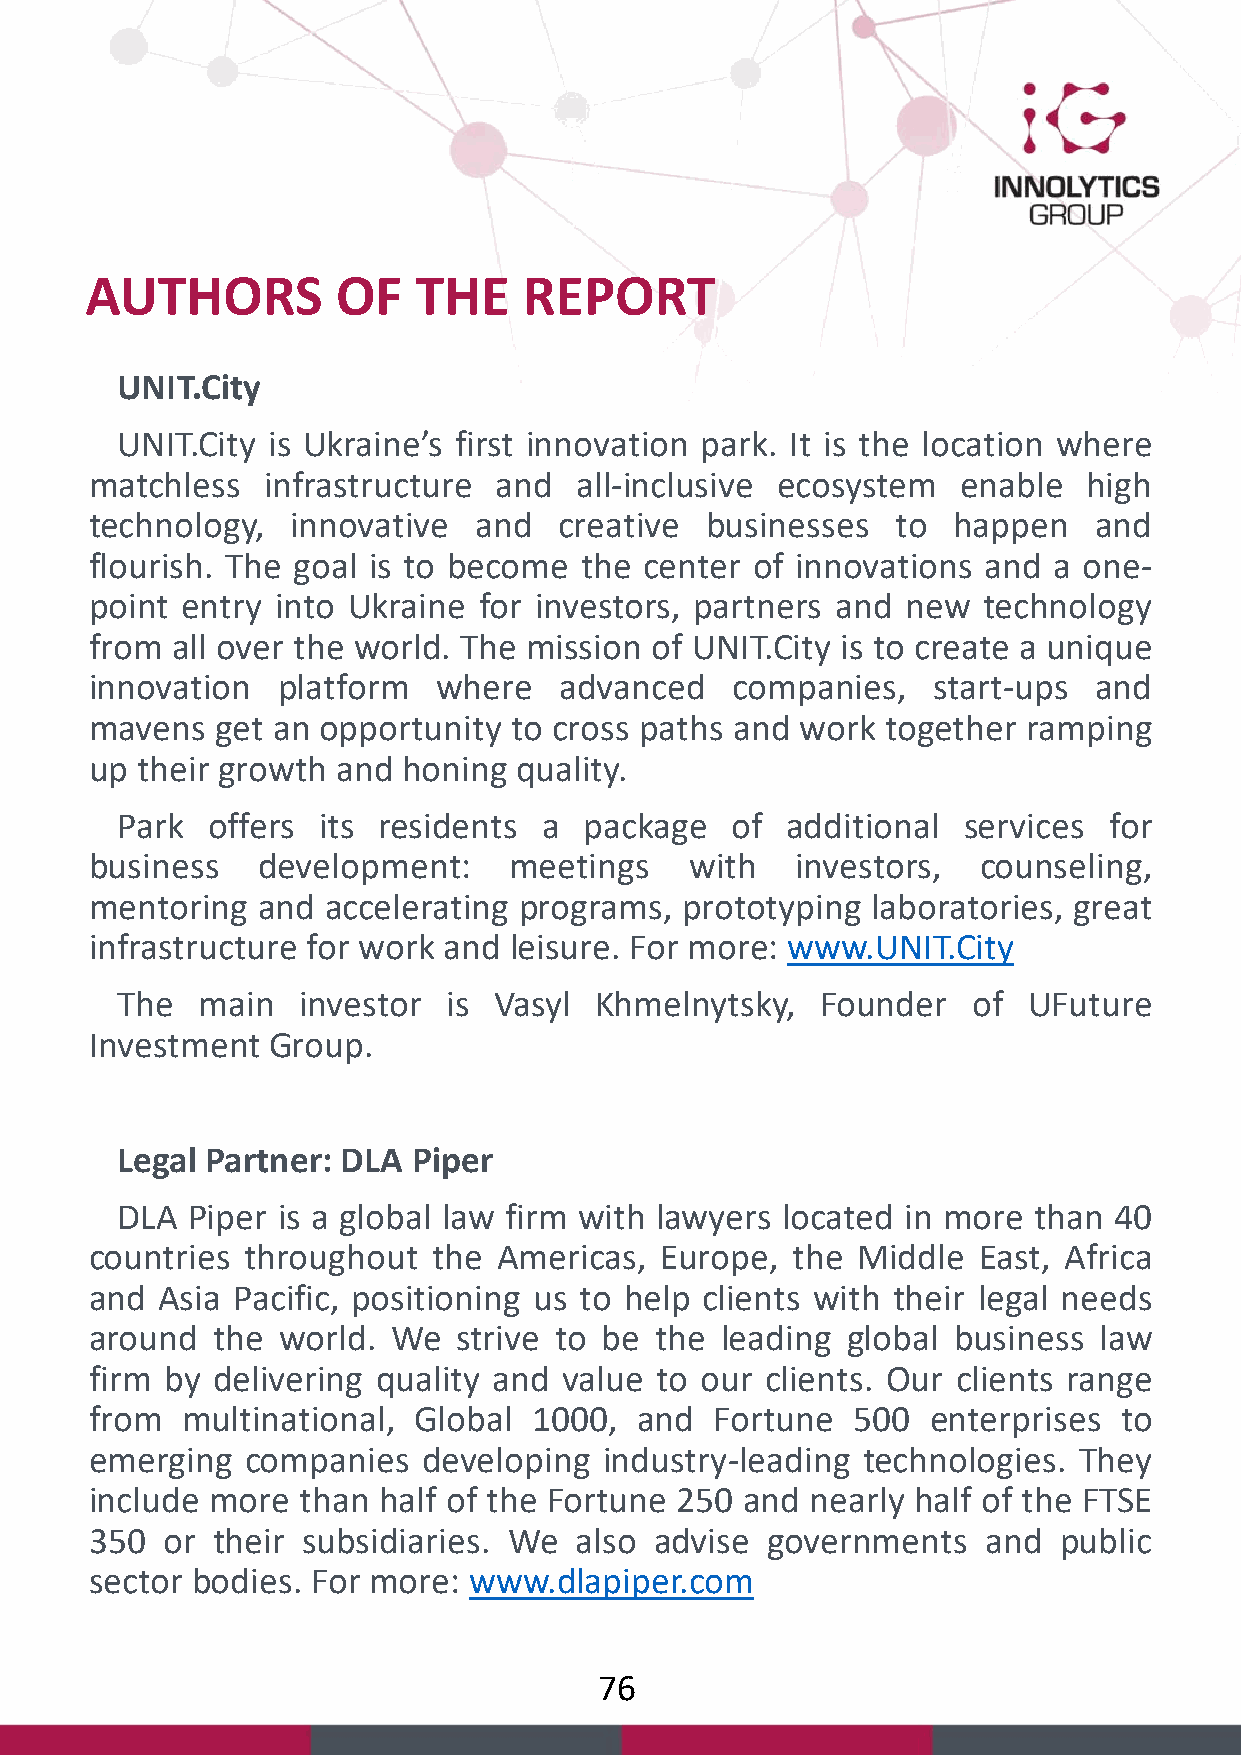
AUTHORS         OF   THE     REPORT
 UNIT.City
 UNIT.City is Ukraine’s first innovation park. It is the location where
 matchless  infrastructure  and  all-inclusive ecosystem  enable   high
 technology,  innovative  and   creative  businesses  to  happen   and
 flourish. The goal is to become the  center of innovations and  a one-
 point entry into Ukraine  for investors, partners and new  technology
 from all over the world. The mission of UNIT.City is to create a unique
 innovation  platform   where   advanced   companies,    start-ups and
 mavens  get an opportunity  to cross paths and work  together ramping
 up their growth and  honing quality.
 Park  offers its residents  a  package  of  additional  services for
 business   development:     meetings    with   investors,  counseling,
 mentoring  and accelerating programs,  prototyping  laboratories, great
 infrastructure for work and leisure. For more: www.UNIT.City
 The  main   investor  is Vasyl Khmelnytsky,   Founder   of  UFuture
 Investment  Group.
 Legal Partner: DLA Piper
 DLA Piper is a global law firm with lawyers located in more than  40
 countries throughout   the Americas,  Europe, the  Middle  East, Africa
 and Asia Pacific, positioning us to help clients with their legal needs
 around  the world.  We  strive to be the  leading global business  law
 firm by delivering quality and value to our  clients. Our clients range
 from  multinational, Global  1000,  and  Fortune  500  enterprises  to
 emerging  companies   developing  industry-leading technologies. They
 include more  than half of the Fortune 250 and  nearly half of the FTSE
 350  or their subsidiaries. We  also advise  governments   and  public
 sector bodies. For more: www.dlapiper.com
 76